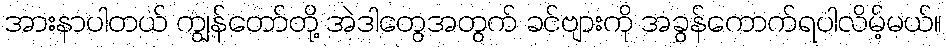
အားနာပါတယ် ကျွန်တော်တို့ အဲဒါတွေအတွက် ခင်ဗျားကို အခွန်ကောက်ရပါလိမ့်မယ်။